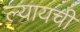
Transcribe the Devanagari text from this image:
ल्यायची